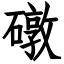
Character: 礅